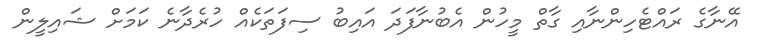
އޭނާގެ ރައްޓެހިންނާއި ގާތް މީހުން އެބުނާފަދަ އައިބު ސިފަތަކެއް ހުރެދާނެ ކަމަށް ޝައިލީން